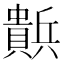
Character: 𰷒